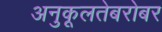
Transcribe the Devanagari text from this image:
अनुकूलतेबरोबर